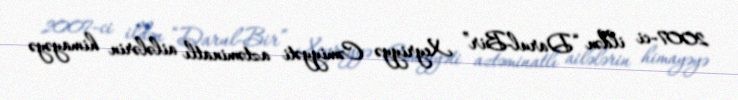
2007-ci ildən “Darul-Bir” Xeyriyyə Cəmiyyəti aztəminatlı ailələrin himayəyə